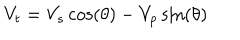
LaTeX: V _ { t } = V _ { s } \cos \left( \theta \right) - V _ { p } \sin \left( \theta \right)